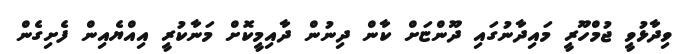
ވިދާޅުވީ ޖުމްހޫރީ މައިދާނުގައި ދޫންޏަށް ކާން ދިނުން ދާއިމީކޮށް މަނާކުރީ އިއްޔެއިން ފެށިގެން